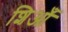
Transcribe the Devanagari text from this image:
शिआँ